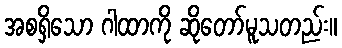
အစရှိသော ဂါထာကို ဆိုတော်မူသတည်း။